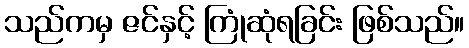
သည်ကမှ ဇင်နှင့် ကြုံဆုံရခြင်း ဖြစ်သည်။